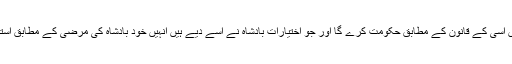
بادشاہ کے ملک میں اسی کے قانون کے مطابق حکومت کرے گا اور جو اختیارات بادشاہ نے اسے دیے ہیں انہیں خود بادشاہ کی مرضی کے مطابق استعمال کرتا رہے گا۔